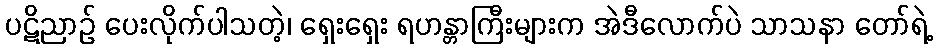
ပဋိညာဉ် ပေးလိုက်ပါသတဲ့၊ ရှေးရှေး ရဟန္တာကြီးများက အဲဒီလောက်ပဲ သာသနာ တော်ရဲ့